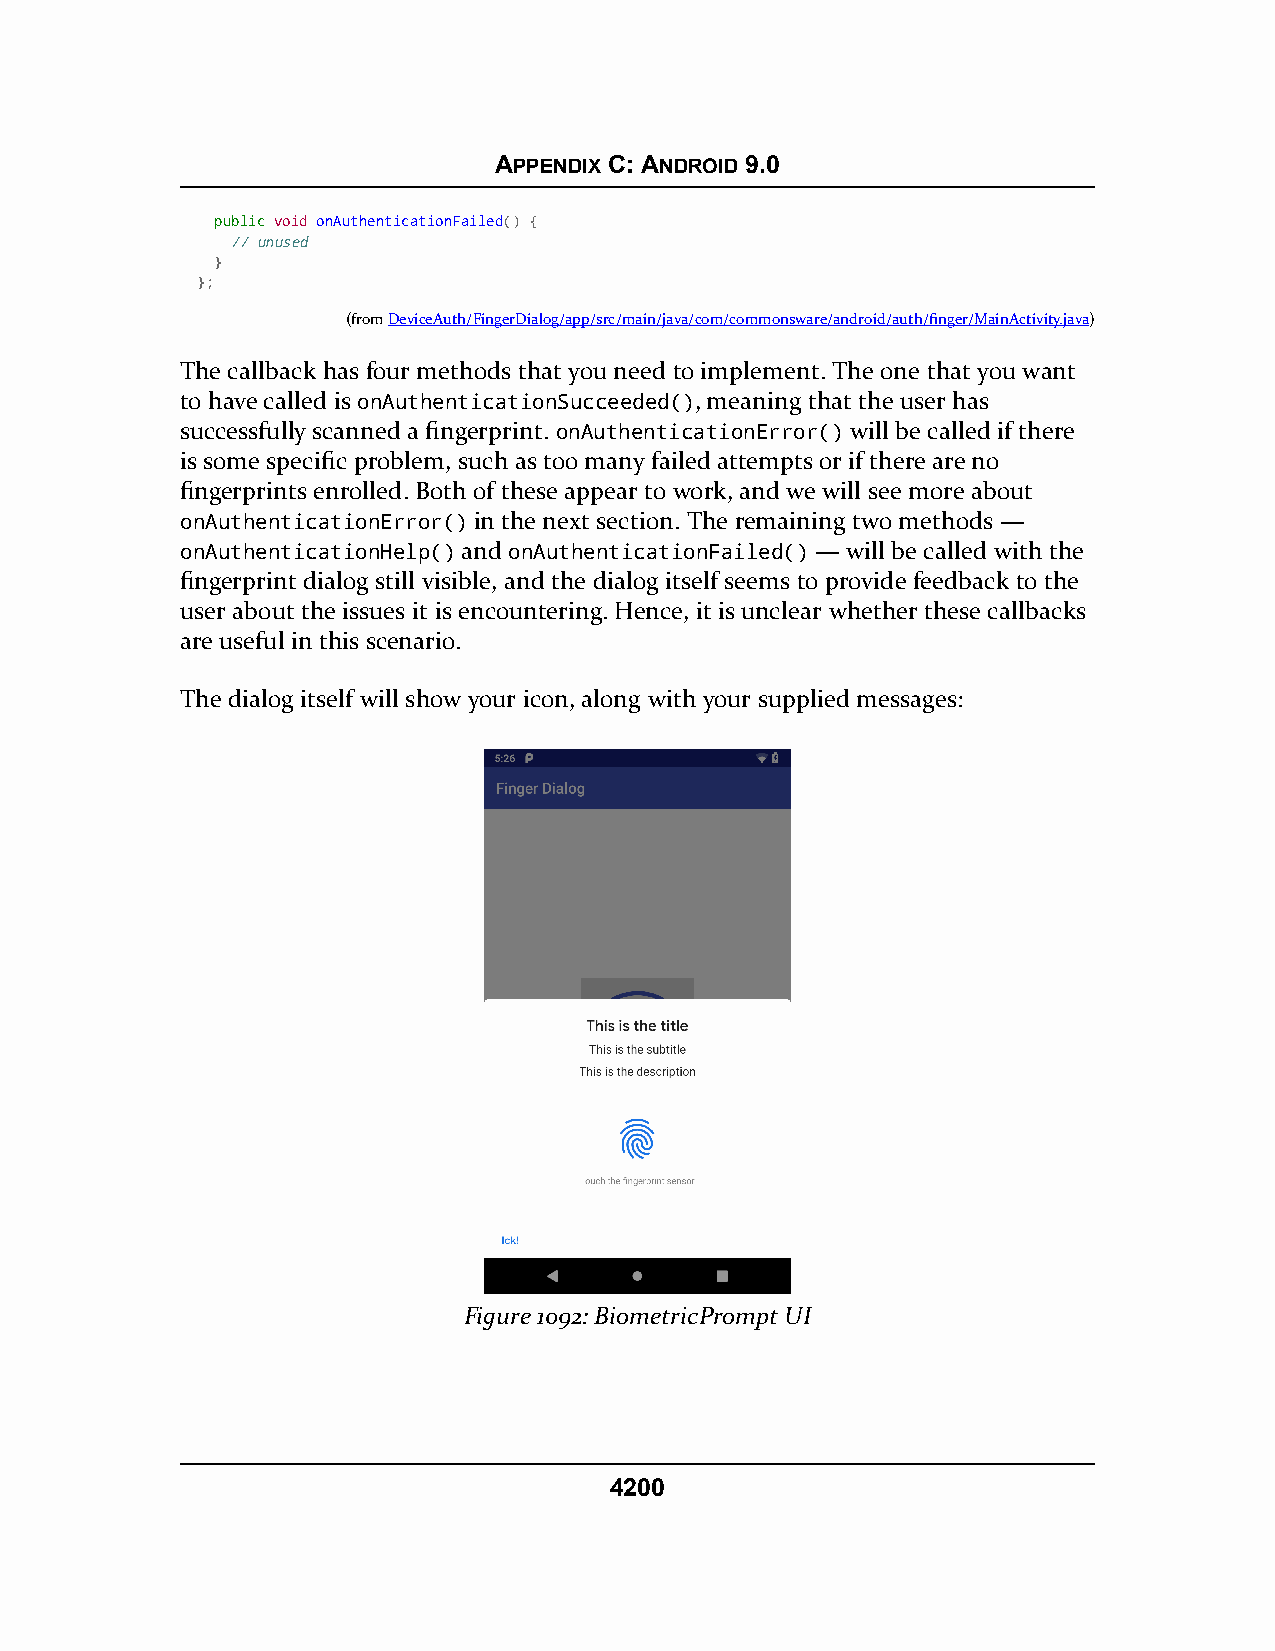
APPENDIX C: ANDROID 9.0
 ppuubblliicc void onAuthenticationFailed() {
 // unused
 }
 };
 (fromDeviceAuth/FingerDialog/app/src/main/java/com/commonsware/android/auth/finger/MainActivity.java)
 The callback has four methods that you need to implement. The one that you want
 to have called is onAuthenticationSucceeded(), meaning that the user has
 successfully scanned a fingerprint. onAuthenticationError() will be called if there
 is some specific problem, such as too many failed attempts or if there are no
 fingerprints enrolled. Both of these appear to work, and we will see more about
 onAuthenticationError() in the next section. The remaining two methods —
 onAuthenticationHelp() and onAuthenticationFailed() — will be called with the
 fingerprint dialog still visible, and the dialog itself seems to provide feedback to the
 user about the issues it is encountering. Hence, it is unclear whether these callbacks
 are useful in this scenario.
 The dialog itself will show your icon, along with your supplied messages:
 Figure 1092: BiometricPrompt UI
 4200